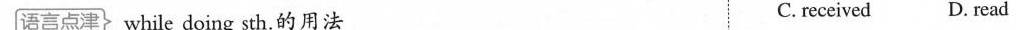
语言点津 while doing sth.的用法 C. received D. read